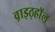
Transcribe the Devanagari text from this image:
व़ाइठ्हाॅल़्